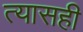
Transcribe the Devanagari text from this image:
त्यासही